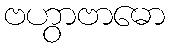
ဗဟွာဗာဓော